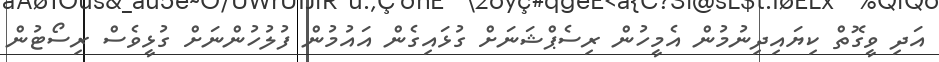
އަދި ވީގޮތް ކިޔައިދިނުމުން އެމީހުން ރިސެޕްޝަނަށް ގުޅައިގެން އައުމުން ފުލުހުންނަށް ގުޅީވެސް ރިސޯޓުން